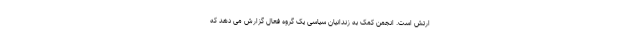
ارتش است. انجمن کمک به زندانیان سیاسی یک گروه فعال گزارش می دهد که